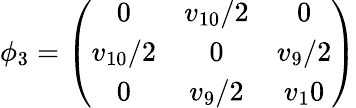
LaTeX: \phi_{3}=\left(\begin{array}{ccc}{{0}}&{{v_{10}/2}}&{{0}}\\ {{v_{10}/2}}&{{0}}&{{v_{9}/2}}\\ {{0}}&{{v_{9}/2}}&{{v_{1}0}}\end{array}\right)